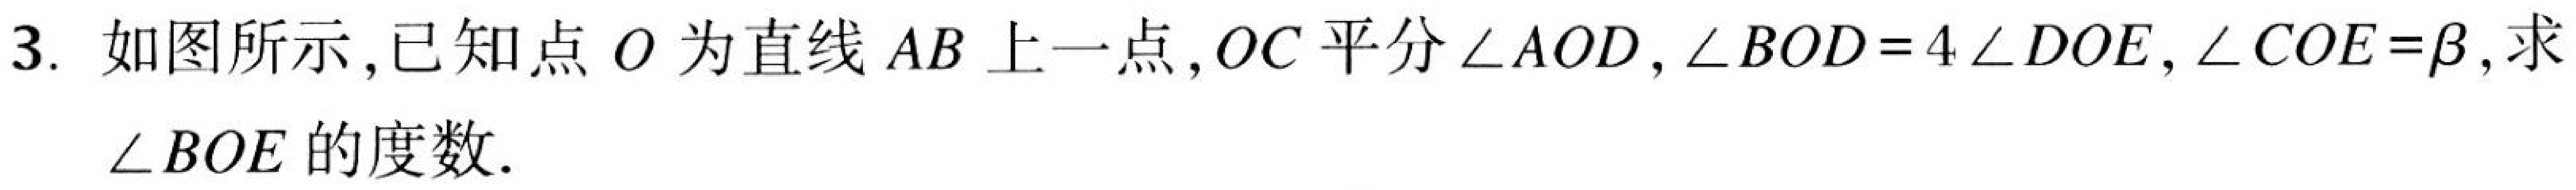
3. 如图所示，已知点\(O\)为直线\(AB\)上一点，\(OC\)平分\(\angle AOD\)，\(\angle BOD = 4\angle DOE\)，\(\angle COE=\beta\)，求\(\angle BOE\)的度数.